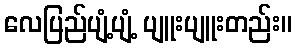
လေပြည်ပျံ့ပျံ့ ပျူးပျူးတည်း။